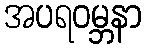
အပရဝမ္ဘနာ